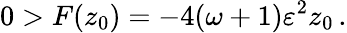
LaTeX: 0>F(z_{0})=-4(\omega+1)\varepsilon^{2}z_{0}\, .